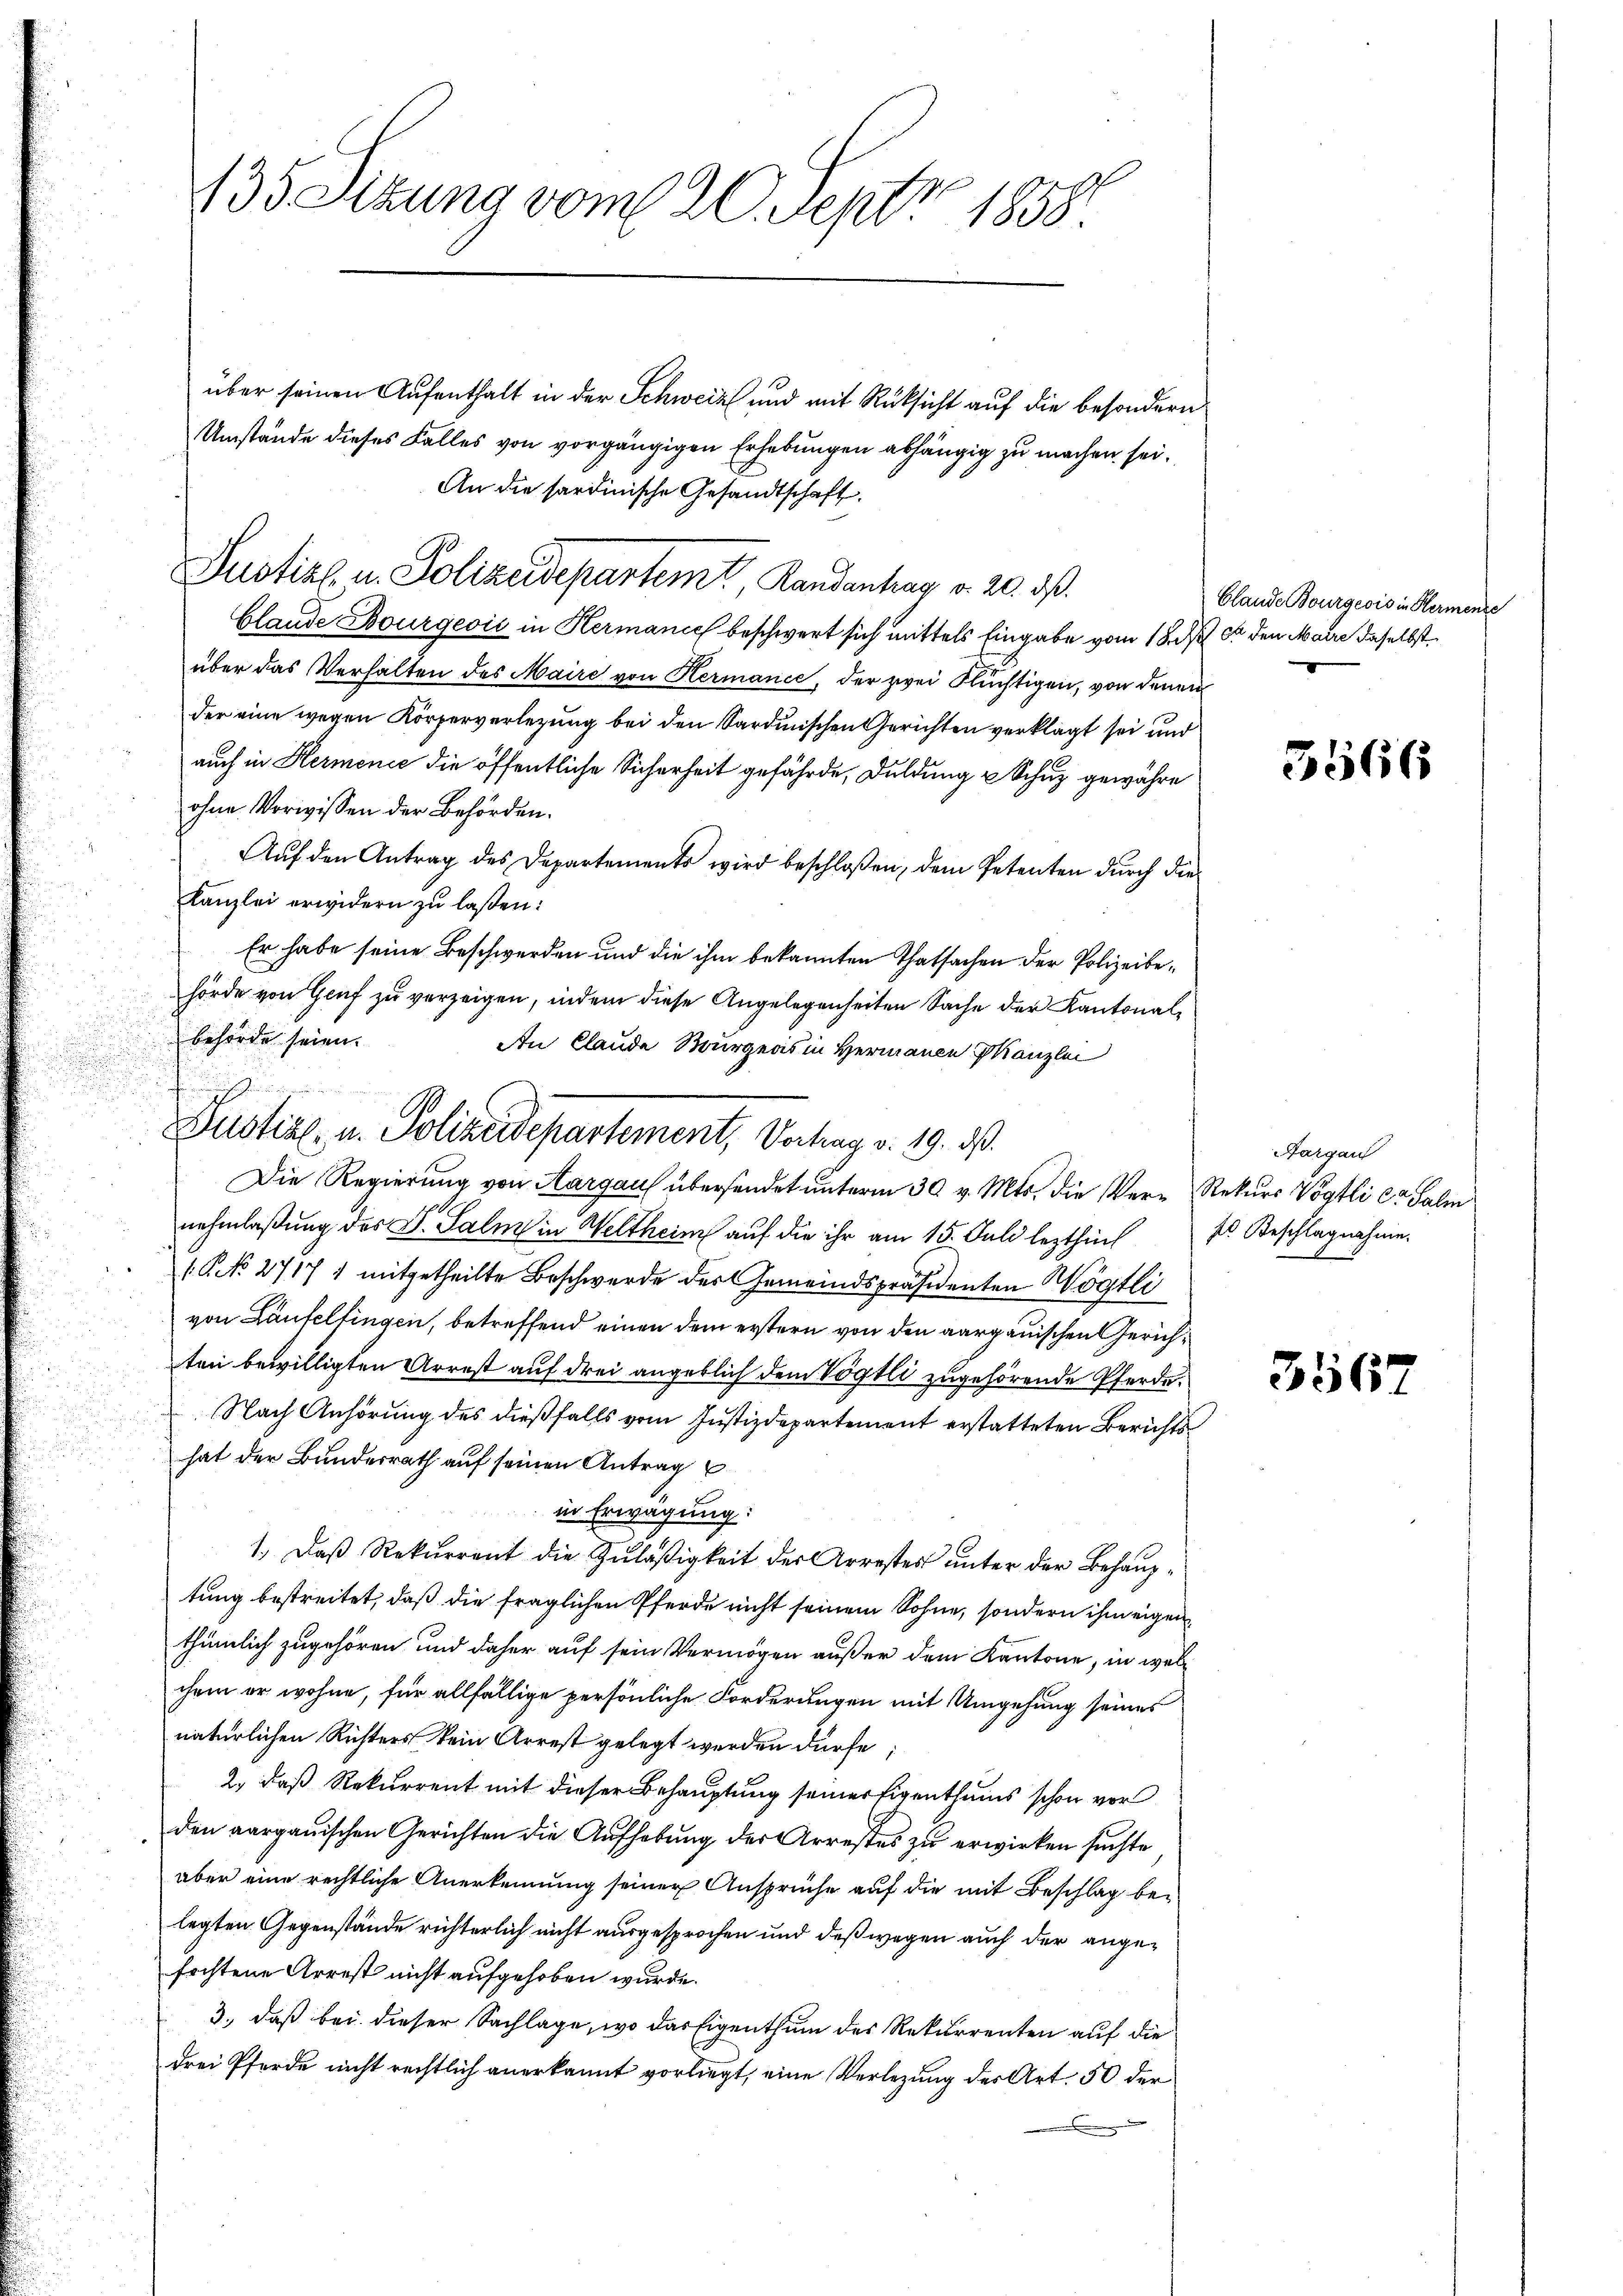
135 Sezung vom 20. Sept. 1858

Justiz u. Polizeidepartemt, Randenhag v. 20. d.

über seinen Aufenthalt in der Schweiz und mit Rücksicht auf die besondern
Umstände dieses Falles von vorgängigen Erhebungen abhängig zu machen sei.
An die sardinische Gesandtschaft
Clande Bourgević in Hermanie beschwert sich mittels Eingabe vom 18. ds. 8 den Maire daselbstüber das Verhalten des Maire von Hermanic, der zwei Flüchtigen, von denen
der eine wegen Körperverlegung bei den Sardinischen Gerichten verklagt sei und
auch in Hermence die öffentliche Sicherheit gefährde, Duldung u Schuz gewähre
ohne Vorwissen der Behörden.
Aŭf den Antrag des Departements wird beschloßen, dem Petenten durch die
Kanzlei erwidern zu laßen:
Er habe seine Beschwerden und die ihm bekannten Thatsachen der Polizeibehörde von Genf zu verzeigen, indem diese Angelegenheiten Sache der Kantonalbehörde seien.
An Claude Bourgers in Hermanen Kanzlei

Justine, u. Polizeidepartement, Vortrag v. 19. d.
Die Regierung von Aargau übersendet unterm 30. v. Mts. die Ver- Rekurs Vogtli er Salm

nehmlaßung des G. Saln in Weltheim auf die ihr am 15. Juli lezthin es Beschlagnahme.
1 NNo. 2717 1 mitgetheilte Beschwerde des Gemeindspräsidenten Wögtli
von Laufeltingen, betreffend einen dem erstern von den aargauischen Gerichten bewilligten Arrest auf drei angeblich dem Vögtli zugehörende Pferde¬
Nach Anhörung des dießfalls vom Justizdepartement erstatteten Berichts
hat der Bundesrath auf seinen Antrag
in Erwägung:
1.) Daß Rekurrent die Zuläßigkeit der Arrestes unter der Behauptung bestreitet, daß die fraglichen Pferde nicht seinem Sohne, sondern ihm eigenthümlich zugehören und daher auf sein Vermögen außer dem Kantone, in welchem er wohne, für allfällige persönliche Forderungen mit Umgehung seines
natürlichen Richters kein Arrest gelegt werden dürfe;
2., daß Rekurrent mit dieser Behauptung seiner Eigenthums schon vor
den aargauischen Gerichten die Aufhebung der Arrestes zu erwirken suchte
aber eine rechtliche Anerkennung seiner Ansprüche auf die mit Beschlag belegten Gegenstände richterlich nicht ausgesprochen und daß wegen auch der angefochtene Arrest nicht aufgehoben wurde.
3., daß bei dieser Sachlage, wo das Eigenthum des Rekurrenten auf die
drei Pferde nicht rechtlich anerkannt vorliegt, eine Verlegung der Art. 50 der

Clande Bourgeois in Hermende

3566

Aargau

3567